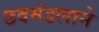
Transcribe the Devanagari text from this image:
छदमंडलाने